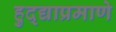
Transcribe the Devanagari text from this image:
हुद्द्याप्रमाणे